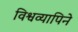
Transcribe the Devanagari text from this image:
विश्वव्यापिने